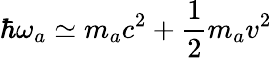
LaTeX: \hbar\omega_{a}\simeq m_{a}c^{2}+\frac{1}{2}m_{a}v^{2}